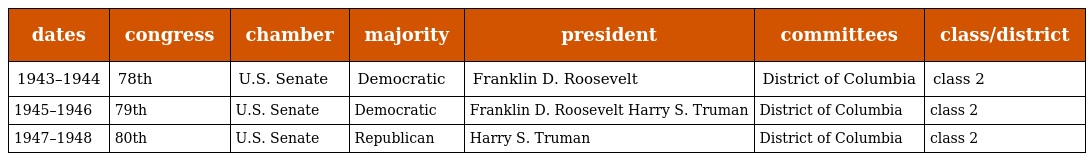
| dates | congress | chamber | majority | president | committees | class/district |
 | --- | --- | --- | --- | --- | --- | --- |
 | 1943–1944 | 78th | U.S. Senate | Democratic | Franklin D. Roosevelt | District of Columbia | class 2 |
 | 1945–1946 | 79th | U.S. Senate | Democratic | Franklin D. Roosevelt Harry S. Truman | District of Columbia | class 2 |
 | 1947–1948 | 80th | U.S. Senate | Republican | Harry S. Truman | District of Columbia | class 2 |